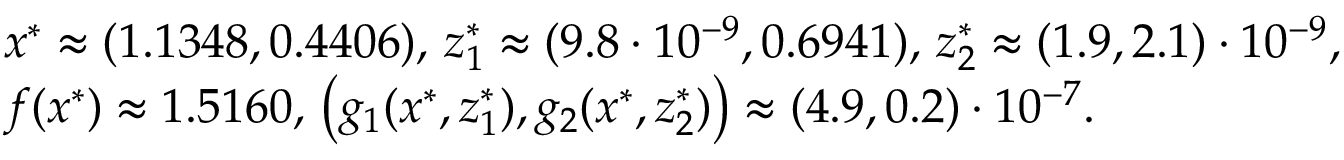
\begin{array} { r l } & { x ^ { * } \approx ( 1 . 1 3 4 8 , 0 . 4 4 0 6 ) , \, z _ { 1 } ^ { * } \approx ( 9 . 8 \cdot 1 0 ^ { - 9 } , 0 . 6 9 4 1 ) , \, z _ { 2 } ^ { * } \approx ( 1 . 9 , 2 . 1 ) \cdot 1 0 ^ { - 9 } , } \\ & { f ( x ^ { * } ) \approx 1 . 5 1 6 0 , \, \big ( g _ { 1 } ( x ^ { * } , z _ { 1 } ^ { * } ) , g _ { 2 } ( x ^ { * } , z _ { 2 } ^ { * } ) \big ) \approx ( 4 . 9 , 0 . 2 ) \cdot 1 0 ^ { - 7 } . } \end{array}